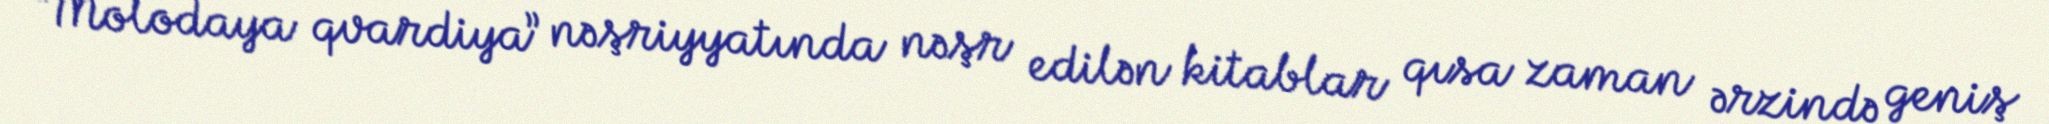
“Molodaya qvardiya” nəşriyyatında nəşr edilən kitablar qısa zaman ərzində geniş